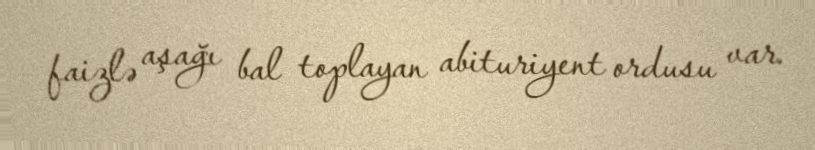
faizlə aşağı bal toplayan abituriyent ordusu var.